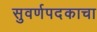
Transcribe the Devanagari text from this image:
सुवर्णपदकाचा